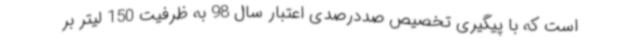
است که با پیگیری تخصیص صددرصدی اعتبار سال 98 به ظرفیت 150 لیتر بر